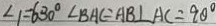
\angle 1 = 6 3 0 ^ { \circ } \angle B A C = A B \bot A C = 9 0 ^ { \circ }